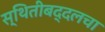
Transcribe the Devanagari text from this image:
स्थितीबद्दलचा